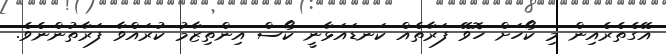
އޭގެތެރެއިން މި ކޯހަށް ހޮވޭ ފަރާތެއް ކަނޑައަޅާނީ ކޯސް އިންތިޒާމު ކުރައްވާ ފަރާތުންނެވެ.